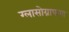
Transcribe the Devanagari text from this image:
ग्लासोग्राफया